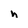
Character: h